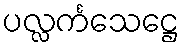
ပလ္လင်္ကသေဋ္ဌေ